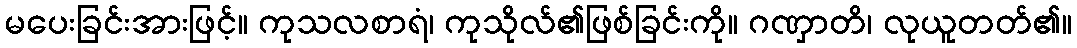
မပေးခြင်းအားဖြင့်။ ကုသလစာရံ၊ ကုသိုလ်၏ဖြစ်ခြင်းကို။ ဂဏှာတိ၊ လုယူတတ်၏။